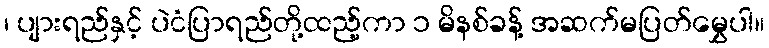
၊ ပျားရည်နှင့် ပဲငံပြာရည်တို့ထည့်ကာ ၁ မိနစ်ခန့် အဆက်မပြတ်မွှေပါ။